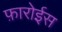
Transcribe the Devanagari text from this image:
फ़ारोईस